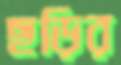
ছড়ির